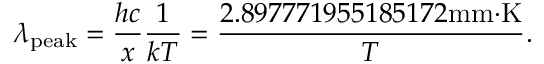
\lambda _ { \mathrm { p e a k } } = { \frac { h c } { x } } { \frac { 1 } { k T } } = { \frac { 2 . 8 9 7 7 7 1 9 5 5 1 8 5 1 7 2 { \mathrm { m m } } { \cdot } { \mathrm { K } } } { T } } .